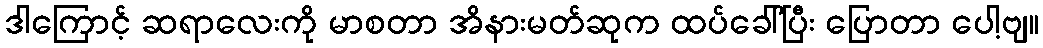
ဒါကြောင့် ဆရာလေးကို မာစတာ အိနားမတ်ဆုက ထပ်ခေါ်ပြီး ပြောတာ ပေါ့ဗျ။